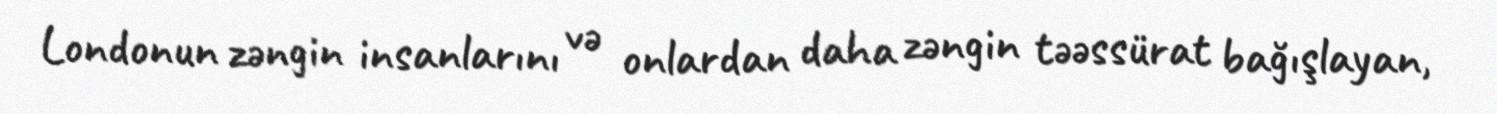
Londonun zəngin insanlarını və onlardan daha zəngin təəssürat bağışlayan,